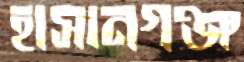
হাসানগঞ্জ